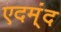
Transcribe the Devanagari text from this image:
एदम्ंद